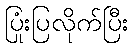
ပြုံးပြလိုက်ပြီး